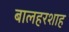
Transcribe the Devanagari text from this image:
बालहरशाह